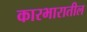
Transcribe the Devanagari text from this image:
कारभारातील